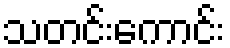
သတင်းကောင်း